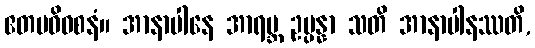
ဧတမဓိဝစနံ။ အာနာပါနေ အာရဗ္ဘ ဥပ္ပန္နာ သတိ အာနာပါနဿတိ,